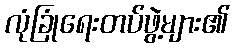
လုံခြုံရေးတပ်ဖွဲ့များ၏